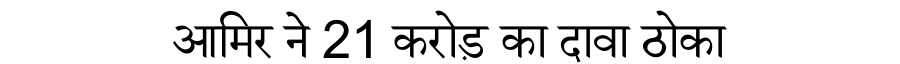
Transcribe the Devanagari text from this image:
आमिर ने 21 करोड़ का दावा ठोका